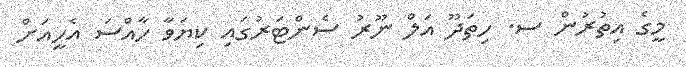
މީގެ އިތުރުން ސ. ހިތަދޫ އަލް ނޫރު ސެންޓަރުގައި ކިޔަވާ ހާއްސަ އެހީއަށް